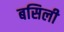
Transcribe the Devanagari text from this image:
बसिली